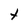
Character: t